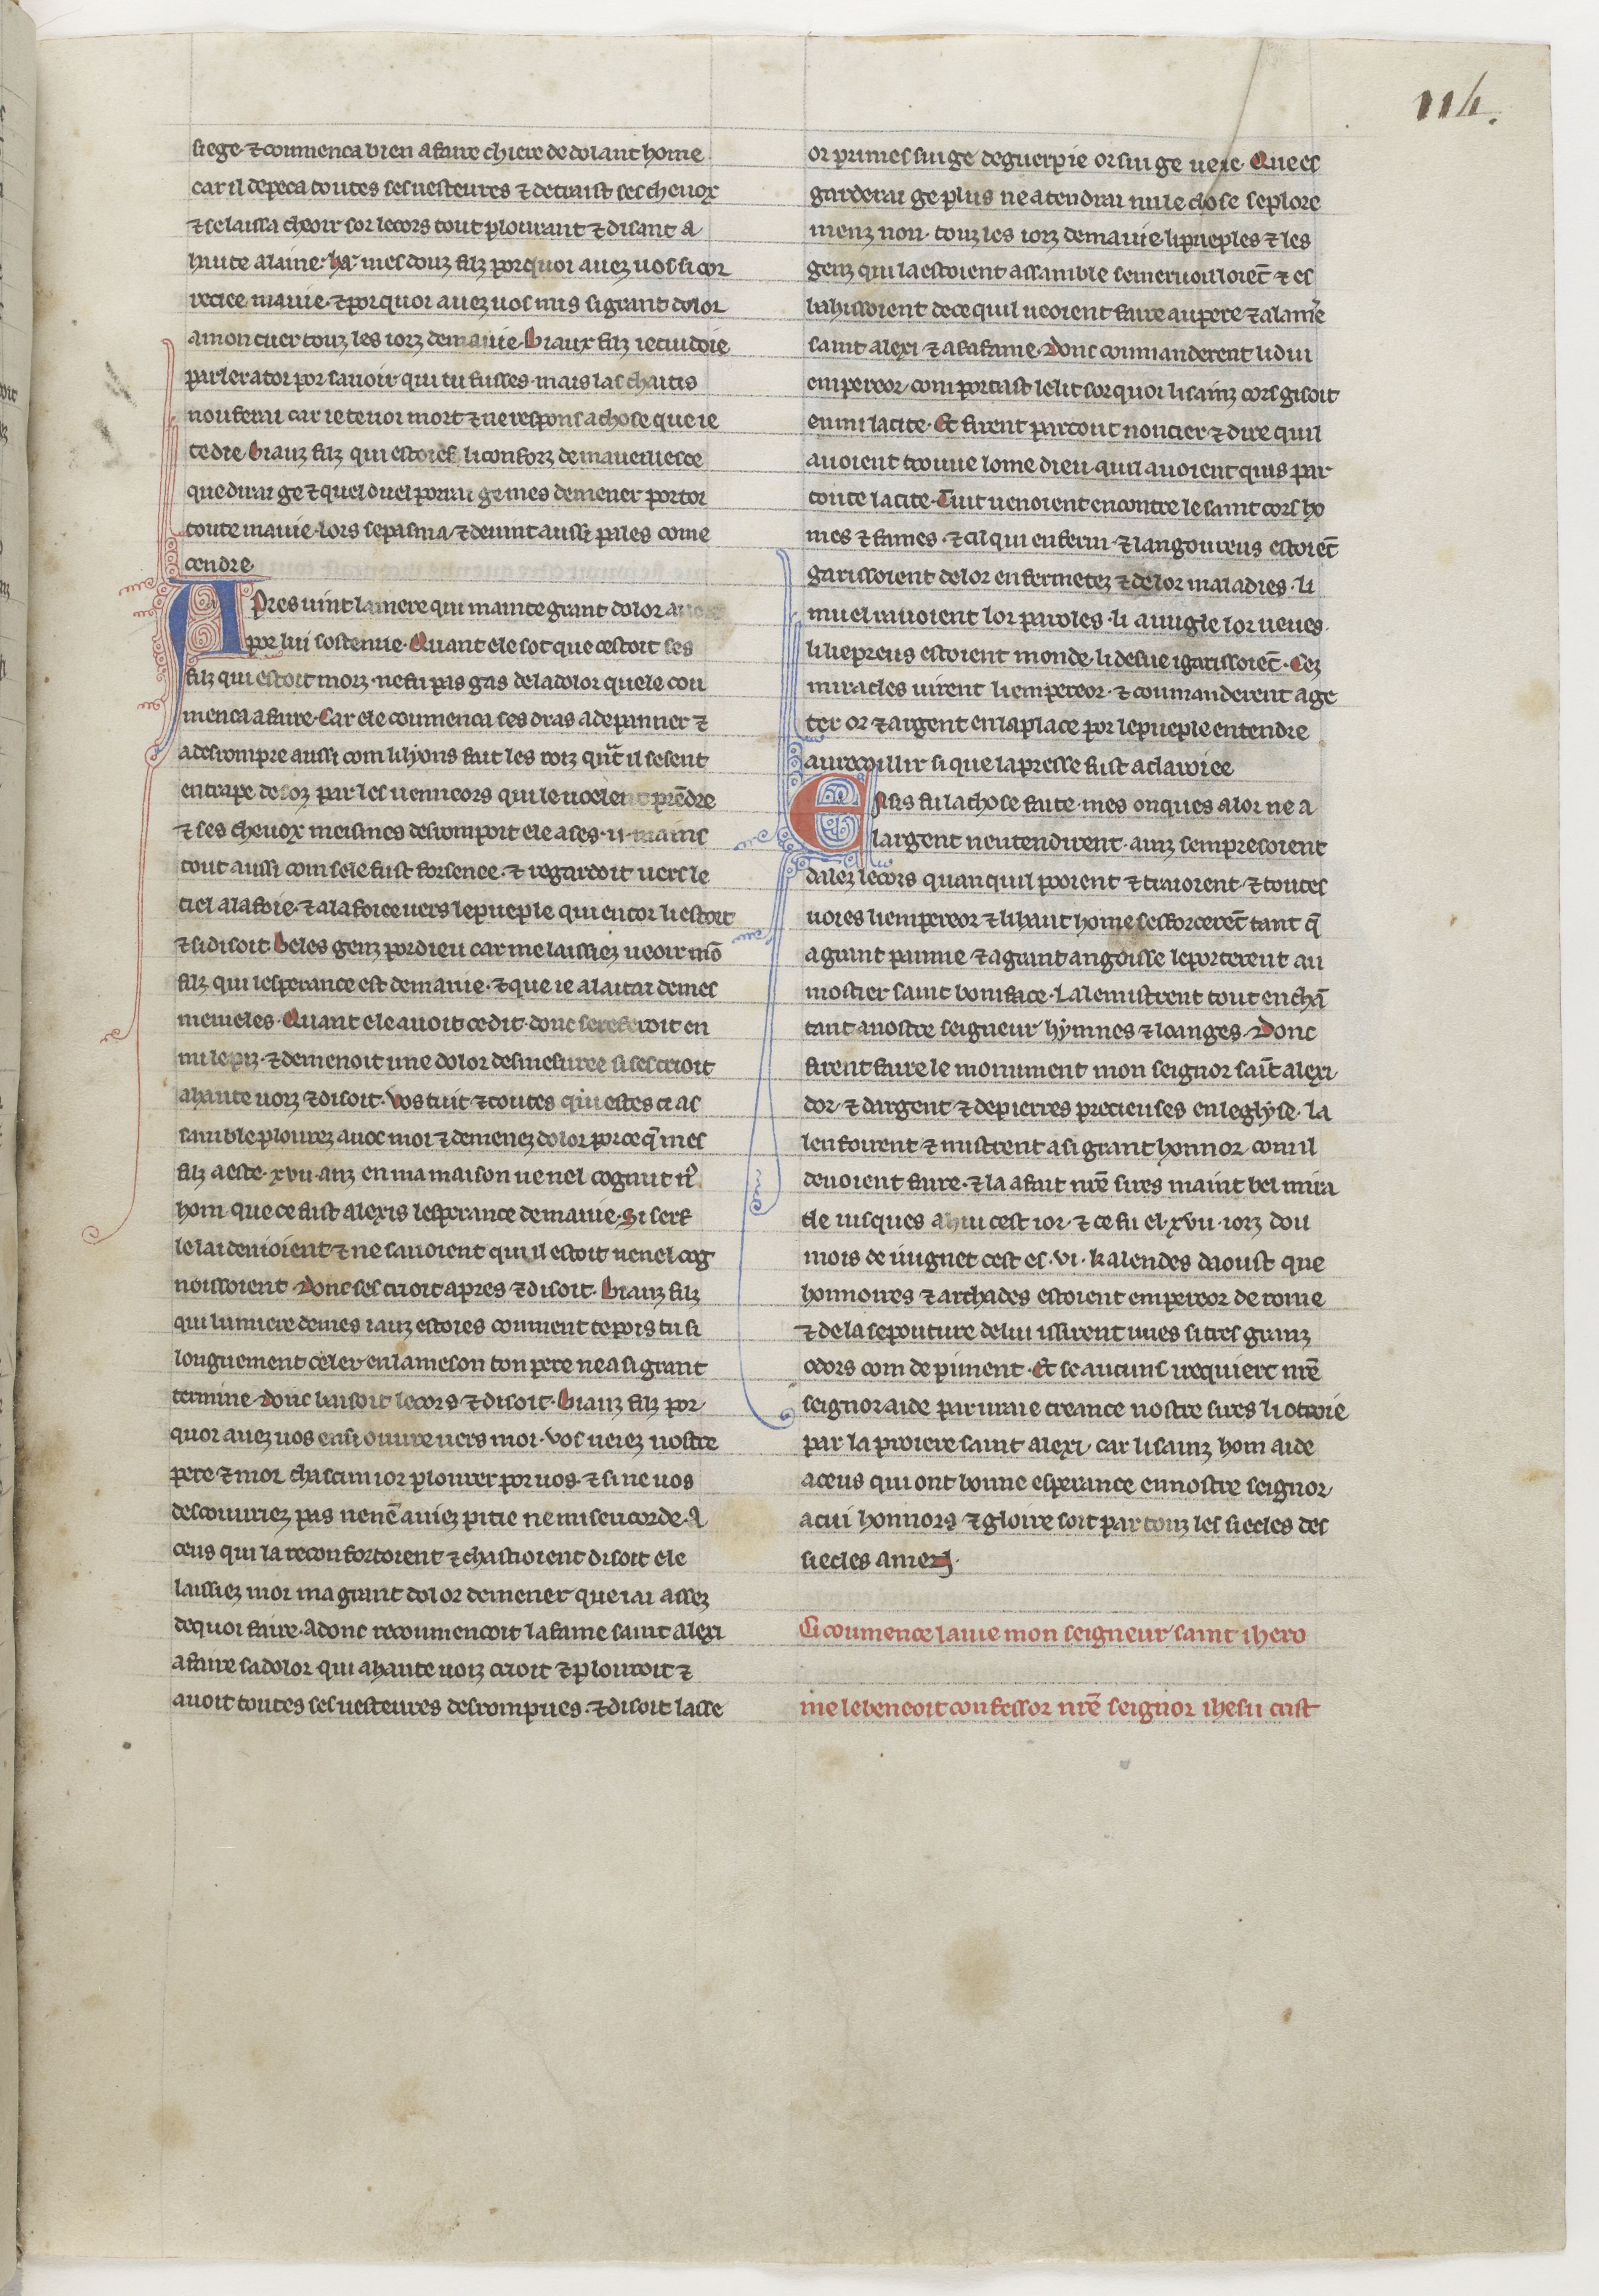
Shelfmark: Paris, BnF, NAF 23686
Century: 13